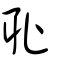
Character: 耻